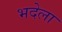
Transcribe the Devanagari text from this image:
भदेला